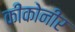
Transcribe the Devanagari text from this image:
कीकोनीर